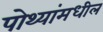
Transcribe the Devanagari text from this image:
पोथ्यांमधील